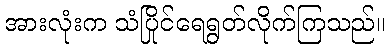
အားလုံးက သံပြိုင်ရေရွတ်လိုက်ကြသည်။